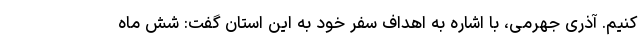
کنیم. آذری جهرمی، با اشاره به اهداف سفر خود به این استان گفت: شش ماه